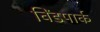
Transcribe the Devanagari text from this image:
विंडपार्क